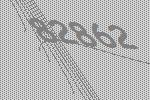
82862